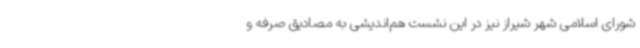
شورای اسلامی شهر شیراز نیز در این نشست هم‌اندیشی به مصادیق صرفه و